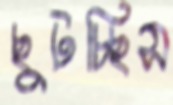
ছুটচ্ছিস